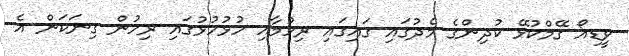
ވީޑިއޯ ގޭމްކުޅޭ ކުދިންގެ މެދުގައި ގައިގައި ރިހުމާއި ހުޅުހުޅުގައި ރިހުން ގިނަކަން އެ